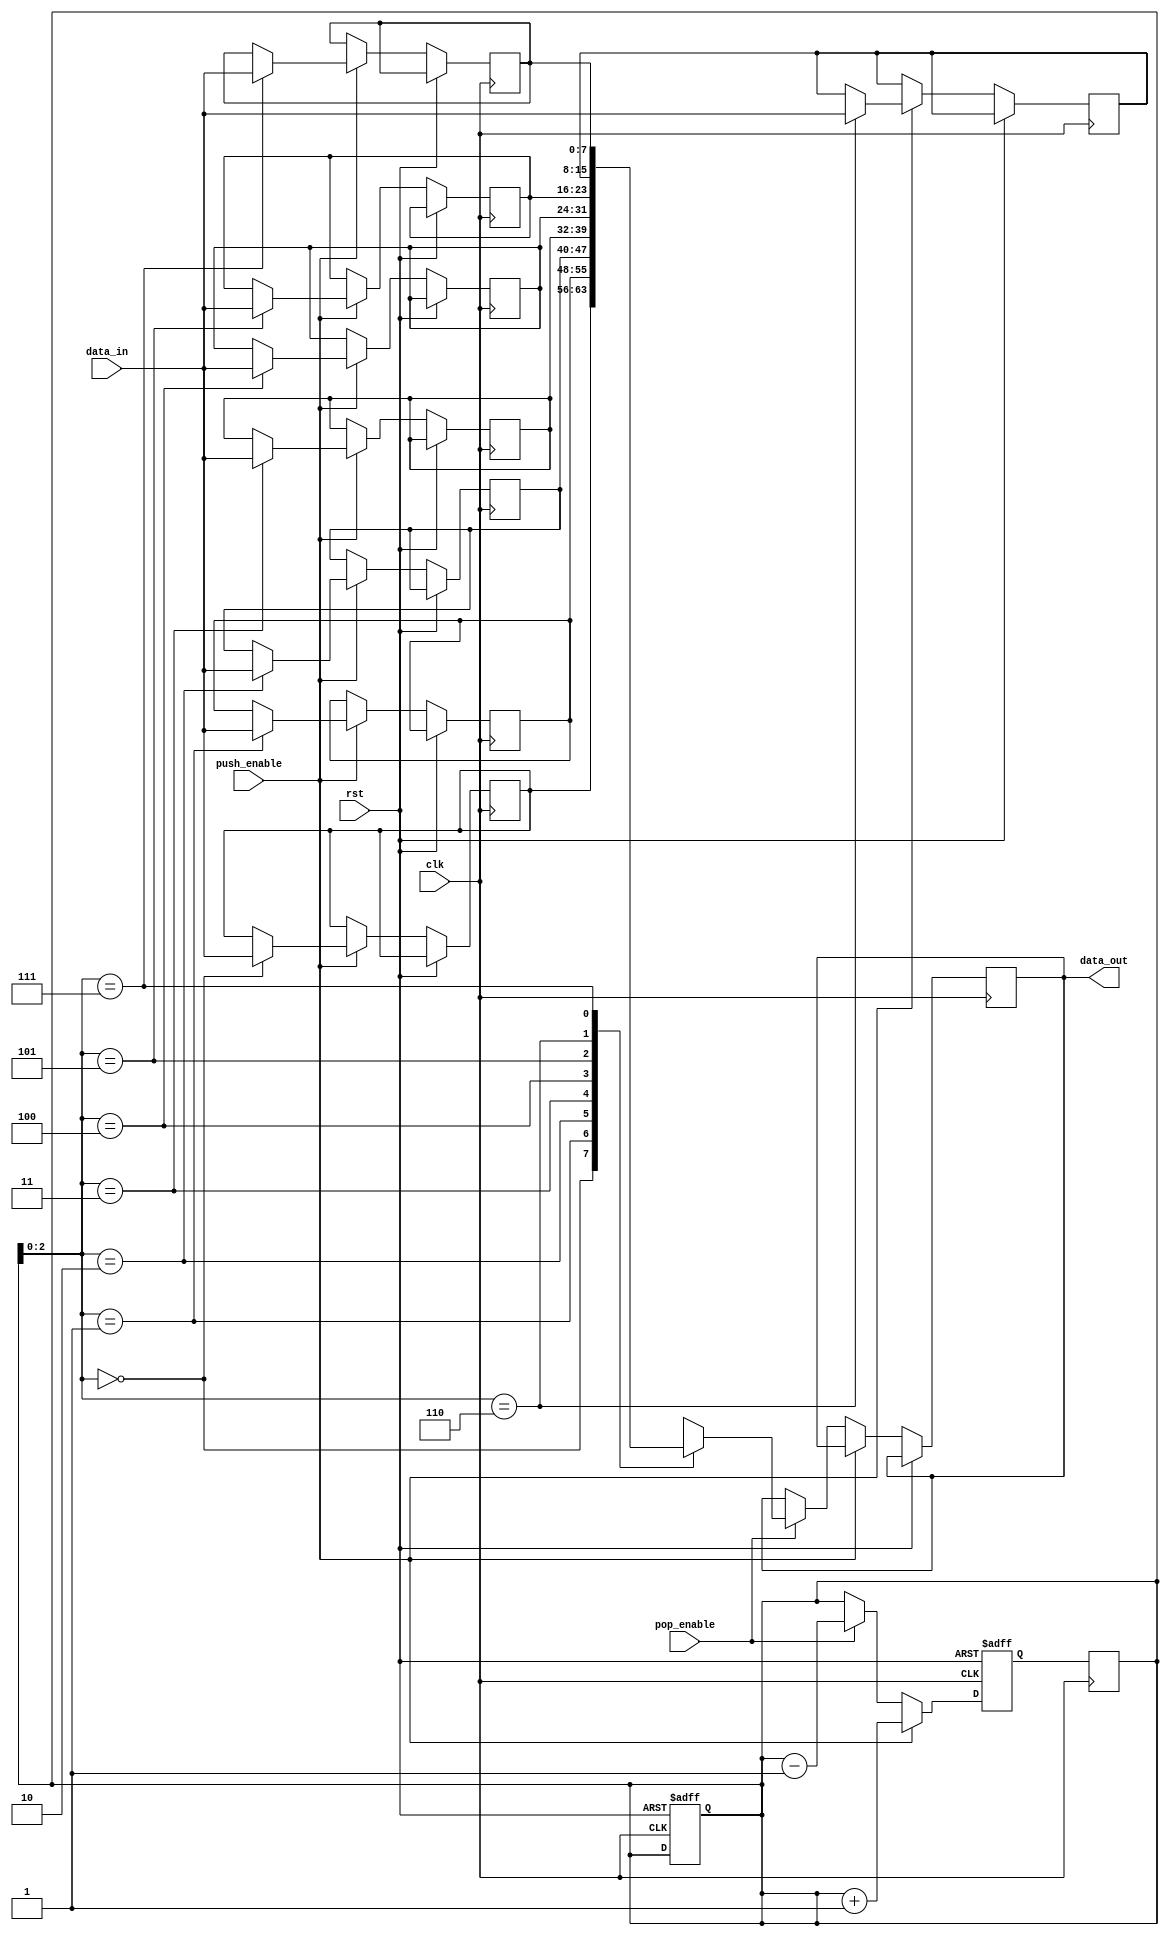
module lifo(
    input wire clk,
    input wire rst,
    input wire push_enable,
    input wire pop_enable,
    input wire [7:0] data_in,
    output reg [7:0] data_out
);

// stack depth parameter
parameter STACK_DEPTH = 8;

// internal signals
reg [7:0] stack [0:STACK_DEPTH-1];
reg [3:0] top;
reg [3:0] next_top;

always @(posedge clk or posedge rst) begin
    if (rst) begin
        top <= 0;
        next_top <= 0;
    end else begin
        if (push_enable) begin
            stack[top] <= data_in;
            next_top <= top + 1;
        end else if (pop_enable) begin
            data_out <= stack[top];
            next_top <= top - 1;
        end else begin
            next_top <= top;
        end
    end
end

always @(posedge clk) begin
    top <= next_top;
end

endmodule